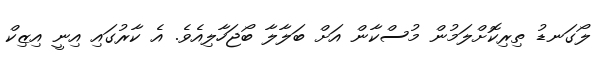
ލޯގަނޑު ތިރިކޮށްލަމުން މުސްކާން އަށް ބަލާލާ ބޯޖަހާލިއެވެ. އެ ކާރުގައި އިނީ އިޒިކް